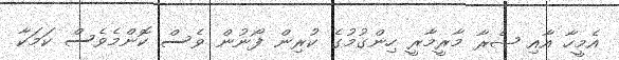
އެމީހާ އާއި ޝެރާ މާރީމާރީ ހިންގުމުގެ ކުރިން ފޯނުން ވެސް ކޮންމެވެސް ކަމަކާ